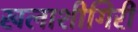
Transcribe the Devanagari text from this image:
खलाशीगिरी